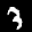
Label: 3